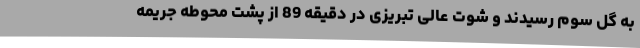
به گل سوم رسیدند و شوت عالی تبریزی در دقیقه 89 از پشت محوطه جریمه